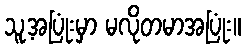
သူ့အပြုံးမှာ မလိုတမာအပြုံး။